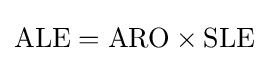
{\text{ALE}}={\text{ARO}}\times {\text{SLE}}